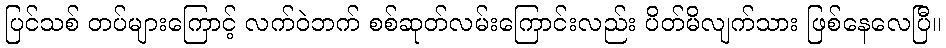
ပြင်သစ် တပ်များကြောင့် လက်ဝဲဘက် စစ်ဆုတ်လမ်းကြောင်းလည်း ပိတ်မိလျက်သား ဖြစ်နေလေပြီ။